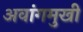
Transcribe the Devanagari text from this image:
अवांगमुखी